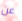
عن